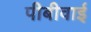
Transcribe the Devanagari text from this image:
पीबीवाई